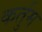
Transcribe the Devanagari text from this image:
कर्तुम